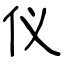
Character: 仪